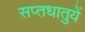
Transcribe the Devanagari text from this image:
सप्‍तधातुयें